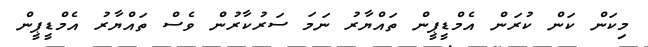
މިކަން ކަން ކުރަން އެމްޑީޕީން ތައްޔާރު ނަމަ ސަރުކާރުން ވެސް ތައްޔާރު އެމްޑީޕީން